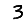
Digit: 3